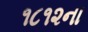
૧૮૧૨ના